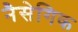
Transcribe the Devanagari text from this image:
नैसेगिक